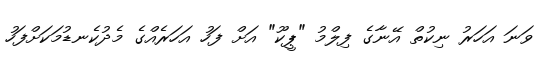
ވަނަ އަހަރު ނިކުތް އޭނާގެ ފިލްމު "ޕީކޫ" އަށް ފަހު އަހަރެއްގެ މެދުކެނޑުމަކަށްފަހު